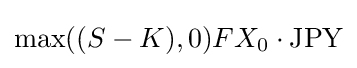
\max((S-K),0)FX_{0}\cdot {\text{JPY}}